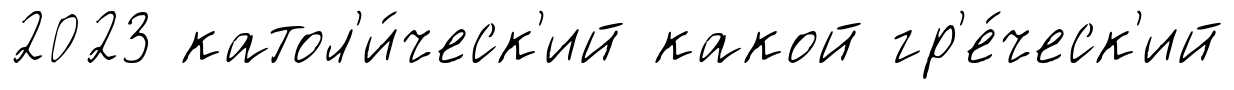
2023 катол'и́ческ'ий какой гр'е́ческ'ий